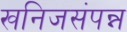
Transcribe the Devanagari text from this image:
खनिजसंपन्न